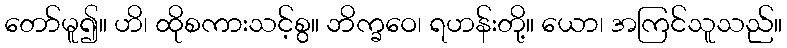
တော်မူ၍။ ဟိ၊ ထိုစကားသင့်စွ။ ဘိက္ခဝေ၊ ရဟန်းတို့။ ယော၊ အကြင်သူသည်။